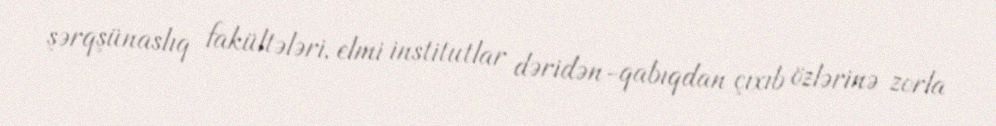
şərqşünaslıq fakültələri, elmi institutlar dəridən-qabıqdan çıxıb özlərinə zorla